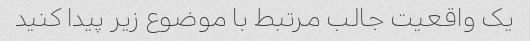
یک واقعیت جالب مرتبط با موضوع زیر پیدا کنید